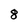
Character: 8